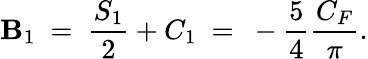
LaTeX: \mathbf{B}_{1}~=~\frac{{S_{1}}}{{2}}+C_{1}~=~-\frac{{5}}{{4}}\frac{{C_{F}}}{{\pi}}.